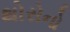
થોરોનો